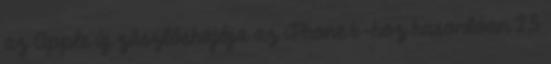
az Apple új zászlóshajója az iPhone 6-hoz hasonlóan 2,5